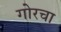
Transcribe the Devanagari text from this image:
गोरचा